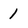
Character: 1